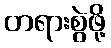
တရားစွဲဖို့